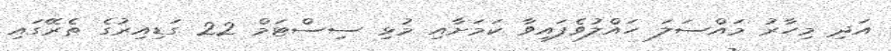
އަދި މިހާރު މައްސަލަ ހައްލުވެފައިވާ ކަމަށާއި މުޅި ސިސްޓަމް 22 ގަޑިއިރުގެ ތެރޭގައި